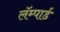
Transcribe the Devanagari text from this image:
लॅम्पार्ड